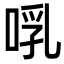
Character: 啂